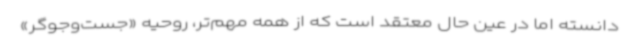
دانسته اما در عین حال معتقد است که از همه مهم‌تر، روحیه «جست‌وجوگر»